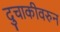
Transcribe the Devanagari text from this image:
दुचाकीवरुन